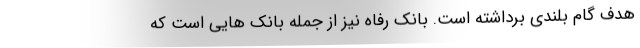
هدف گام بلندی برداشته است. بانک رفاه نیز از جمله بانک هایی است که